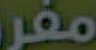
مفر